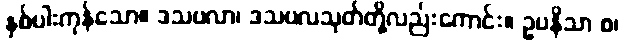
နှစ်ပါးကုန်သော။ ဒသဗလာ၊ ဒသဗလသုတ်တို့လည်းကောင်း။ ဥပနိသာ စ၊